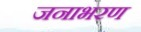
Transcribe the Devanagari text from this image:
जनाभरण